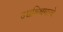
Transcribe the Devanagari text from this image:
उच्चशिक्षणाचे